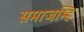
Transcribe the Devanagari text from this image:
समाजम्हि